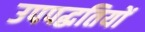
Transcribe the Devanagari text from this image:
उपपद्धतियों